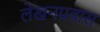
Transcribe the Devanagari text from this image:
लेखनप्रवास